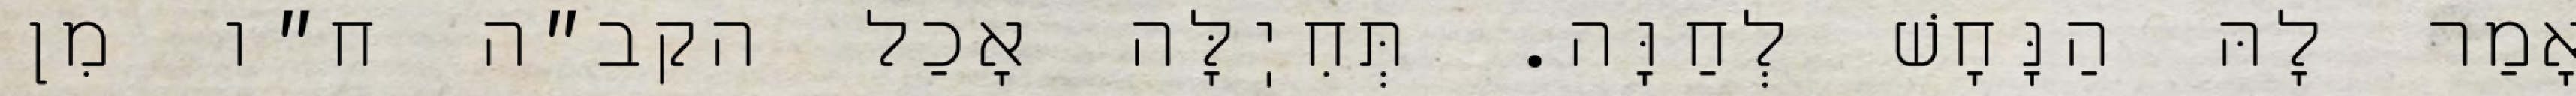
אָמַר לָהּ הַנָּחָשׁ לְחַוָּה. תְּחִיֽלָּה אָכַל הקב״ה ח״ו מִן